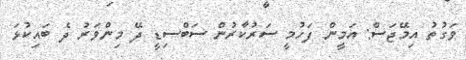
ވަގުތު އިމޭޖަސް: އަމީން ފަހުމީ ސަރުކާރުން ސަބްސިޑީ ދޭ މިންވަރު ދެ ބައިކުޅަ